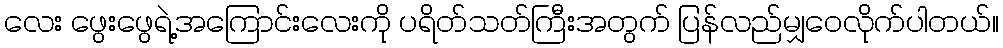
လေး ဖွေးဖွေရဲ့အကြောင်းလေးကို ပရိတ်သတ်ကြီးအတွက် ပြန်လည်မျှဝေလိုက်ပါတယ်။